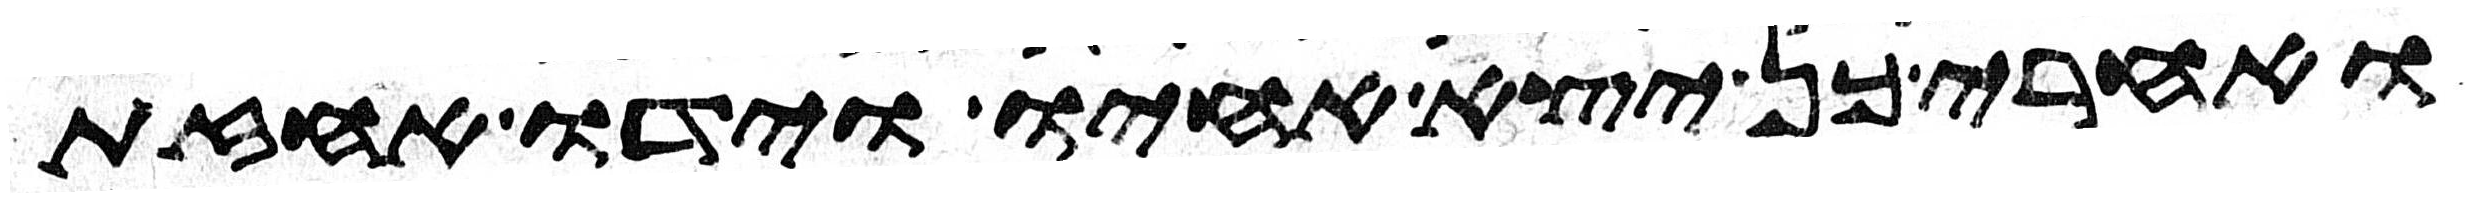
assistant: ואחרי כן יצא אחיו וידו אחזת